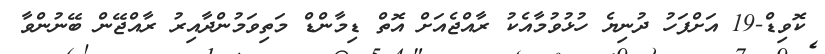
ކޮވިޑް-19 އަށްފަހު ދުނިޔެ ހުޅުވުމާއެކު ރާއްޖެއަށް އޮތް ޑިމާންޑް މަތިވަމުންދާއިރު ރާއްޖޭން ބޭނުންވާ